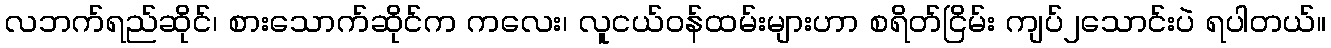
လဘက်ရည်ဆိုင်၊ စားသောက်ဆိုင်က ကလေး၊ လူငယ်ဝန်ထမ်းများဟာ စရိတ်ငြိမ်း ကျပ်၂သောင်းပဲ ရပါတယ်။